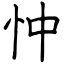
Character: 忡